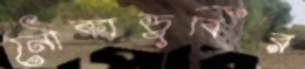
নৌকাডুবির